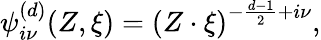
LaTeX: {\psi}_{i\nu}^{(d)}(Z,\xi)=\left({Z\cdot{\xi}}\right)^{-\frac{d-1}{2}+i\nu},